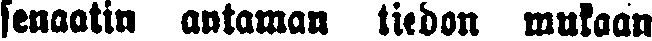
senaatin antaman ludon mukaan